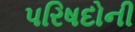
પરિષદોની